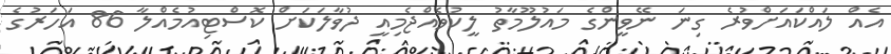
އެއް ލައްކައަށްވުރެ ގިނަ ނޭވީންގެ މައުލޫމާތު ލީކުވެއްޖެމިއީ ދުވާލަކަށް ކޮސްޓިއުމެއްލާ 86 އަހަރުގެ